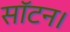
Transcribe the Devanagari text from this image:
सॉटन।